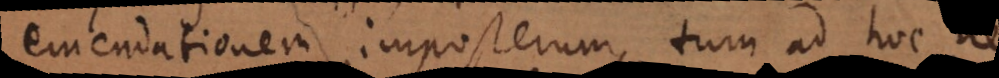
emendationem imposterum, tum ad hoc ne